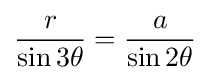
{r \over \sin 3\theta }={a \over \sin 2\theta }\!